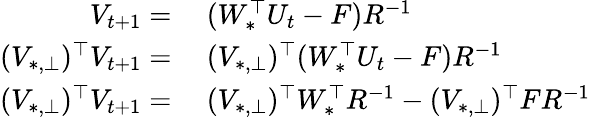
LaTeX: \begin{array}{rl}{V_{t+1}=}&{~(W_{*}^{\top}U_{t}-F)R^{-1}}\\ {(V_{*,\bot})^{\top}V_{t+1}=}&{~(V_{*,\bot})^{\top}(W_{*}^{\top}U_{t}-F)R^{-1}}\\ {(V_{*,\bot})^{\top}V_{t+1}=}&{~(V_{*,\bot})^{\top}W_{*}^{\top}R^{-1}-(V_{*,\bot})^{\top}FR^{-1}}\end{array}